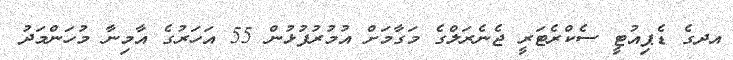
އދގެ ޑެޕިއުޓީ ސެކްރެޓަރީ ޖެނެރަލްގެ މަގާމަށް އުމުރުފުޅުން 55 އަހަރުގެ އާމިނާ މުހަންމަދު